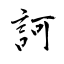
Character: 訶